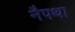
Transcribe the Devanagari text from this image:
नैपथा